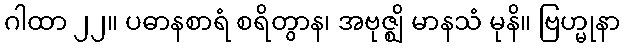
ဂါထာ ၂၂။ ပဓာနစာရံ စရိတွာန၊ အဗုဇ္ဈိ မာနသံ မုနိ။ ဗြဟ္မုနာ